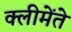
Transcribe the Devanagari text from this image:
क्लीमेंते